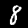
Digit: 8